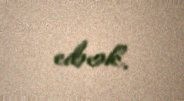
edəcək.